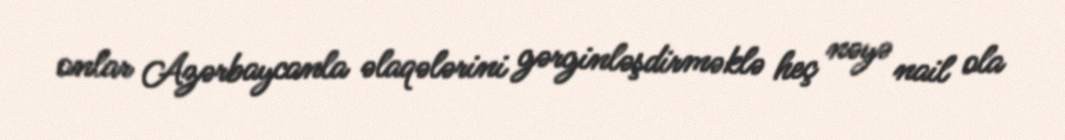
onlar Azərbaycanla əlaqələrini gərginləşdirməklə heç nəyə nail ola